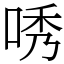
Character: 唀